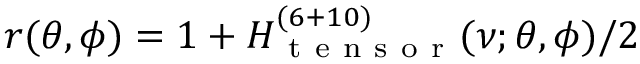
r ( \theta , \phi ) = 1 + H _ { \mathrm { ~ t ~ e ~ n ~ s ~ o ~ r ~ } } ^ { ( 6 + 1 0 ) } ( \nu ; \theta , \phi ) / 2